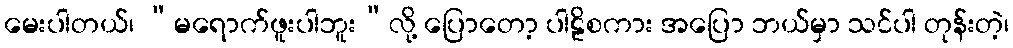
မေးပါတယ်၊ “မရောက်ဖူးပါဘူး”လို့ ပြောတော့ ပါဠိစကား အပြော ဘယ်မှာ သင်ပါ တုန်းတဲ့၊